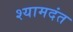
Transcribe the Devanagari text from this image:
श्यामदंत